Lock hospitals Punjab
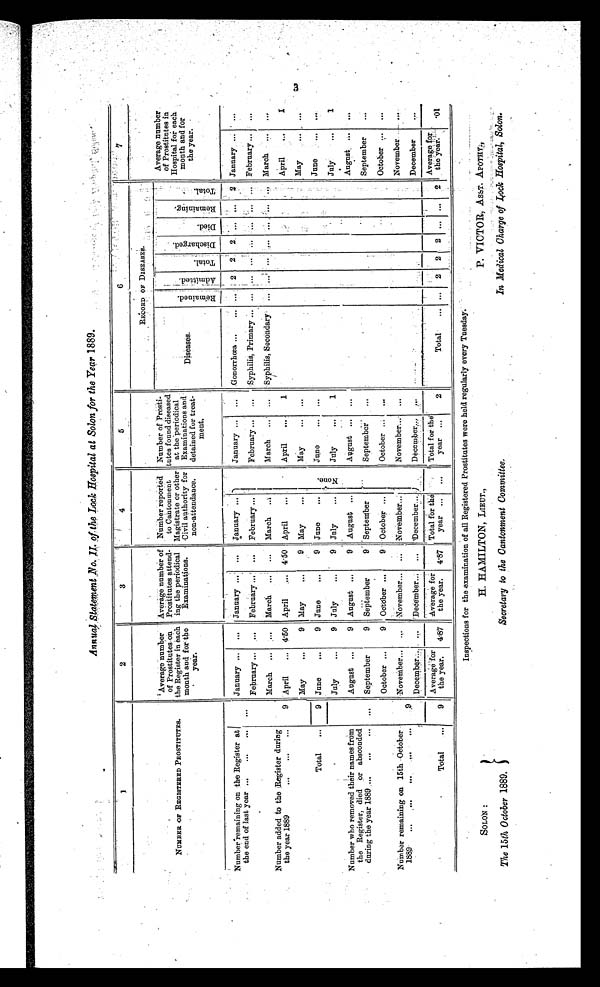
SOLON :
The 15th October 1889.
H. HAMILTON, LIEUT.,
Secretary to the Cantonment Committee.
P. VICTOR, ASST. APOTHY.,
In Medical Charge of Lock Hospital, Solon.
Annual Statement No. II. of the Lock Hospital at Solon for the Year 1889.
1
2
3
4
5
6
7
NUMBER OF REGISTERED PROSTITUTES.
Average number
of Prostitutes on
the Register in each
month and for the
year.
Average number of
Prostitutes attend-
ing the periodical
Examinations.
Number reported
to Cantonment
Magistrate or other
Civil authority for
non-attendance.
Number of Prosti-
tutes found diseased
at the periodical
Examinatio
ns and
detained for treat-
m e n t .
RECORD OF DISEASES.
Diseases.
R e m a i n e d .
A d m i t t e d .
T o t a l .
D i s c h a r g e d . Di e d.
R e m a i n i n g .
T o t a l .
Average number
of Prostitutes in
Hospital for each
month and for
the year.
Number remaining on the Register at
the end of last year ...
...
...
January ... ...
January ...
...
January ...
January ...
. . . Gonorrhœa ...
...
. . . 2 2 2
. . . ...
2 January ...
. . .
Number added to the Register during
the year 1889
...
...
. . .
9
February ...
. . . February ...
...
February ...
February ...
. . . Syphilis, Primary ...
. . . ... ... ...
. . .
...
February ... ...
March ...
...
March...
. . . March ...
March
...
Syphilis, Secondary
. . .
... ... ...
... ...
. . . March ...
...
April
... 4.50 April
... 4.50 April...
April
...
1
April...
...
Total
...
9
May
...
9 May
9 May
...
May
. . . . . .
May...
...
June
...
9 June
...
9 June
...
N o n e .
June
...
. . .
June ...
. . .
July
...
9 July
..
9 July
...
J u l y . . .
1
July ...
1
Number who removed their names from
the Register, died or absconded
during the year 1889 ...
...
... ...
August ...
9 August ...
9 August ...
August ...
. . .
August ...
. . .
September
9 September
9 September
September
...
September
...
Number remaining on 15th October
1889...
...
. . . . . . . . .
9
October ...
9 October ...
9 October ...
October ...
...
October ...
...
November...
. . .
November... ... November...
November... ...
November ...
...
December...
. . .
December... ...
December...
Decembe...
. . .
December
...
Total
...
9
Average for
the year.
4.87
Average for
the year.
4.87
Total for the
year ...
...
Total for the
year ...
Total
. . . ... 2 2 2
. . .
... 2
Average for
the year.
.01
Inspections for the examination of all Registered Prostitutes were held regularly every Tuesday.
3